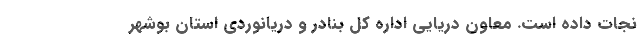
نجات داده است. معاون دریایی اداره کل بنادر و دریانوردی استان بوشهر